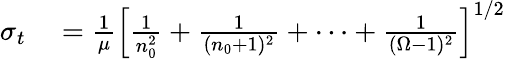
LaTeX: \begin{array}{rl}{\sigma_{t}}&{{}=\frac{1}{\mu}\left[\frac{1}{n_{0}^{2}}+\frac{1}{(n_{0}+1)^{2}}+\cdots+\frac{1}{(\Omega-1)^{2}}\right]^{1/2}}\end{array}